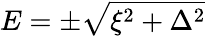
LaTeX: E=\pm\sqrt{\xi^{2}+\Delta^{2}}